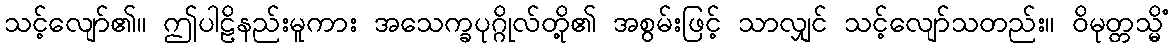
သင့်လျော်၏။ ဤပါဠိနည်းမူကား အသေက္ခပုဂ္ဂိုလ်တို့၏ အစွမ်းဖြင့် သာလျှင် သင့်လျော်သတည်း။ ဝိမုတ္တသ္မိံ